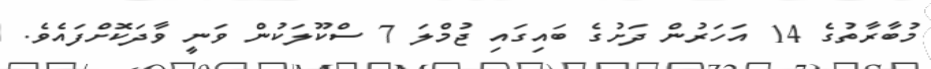
މުބާރާތުގެ 14 އަހަރުން ދަށުގެ ބައިގައި ޖުމްލަ 7 ސްކޫލަކުން ވަނީ ވާދަކޮށްފައެވެ.